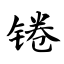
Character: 锩